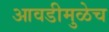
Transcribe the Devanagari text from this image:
आवडीमुळेच